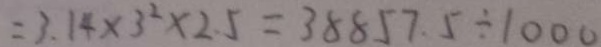
= 3 . 1 4 \times 3 ^ { 2 } \times 2 . 5 = 3 8 8 5 7 . 5 \div 1 0 0 0